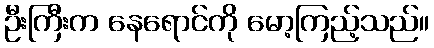
ဦးကြီးက နေရောင်ကို မော့ကြည့်သည်။